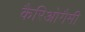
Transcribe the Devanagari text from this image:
कैरिओगैमी